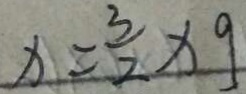
x = \frac { 3 } { 2 } \times 9